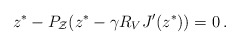
\begin{align*} z^* - P_{\mathcal{Z}}(z^* - \gamma R_V J'(z^*)) = 0\,.\end{align*}